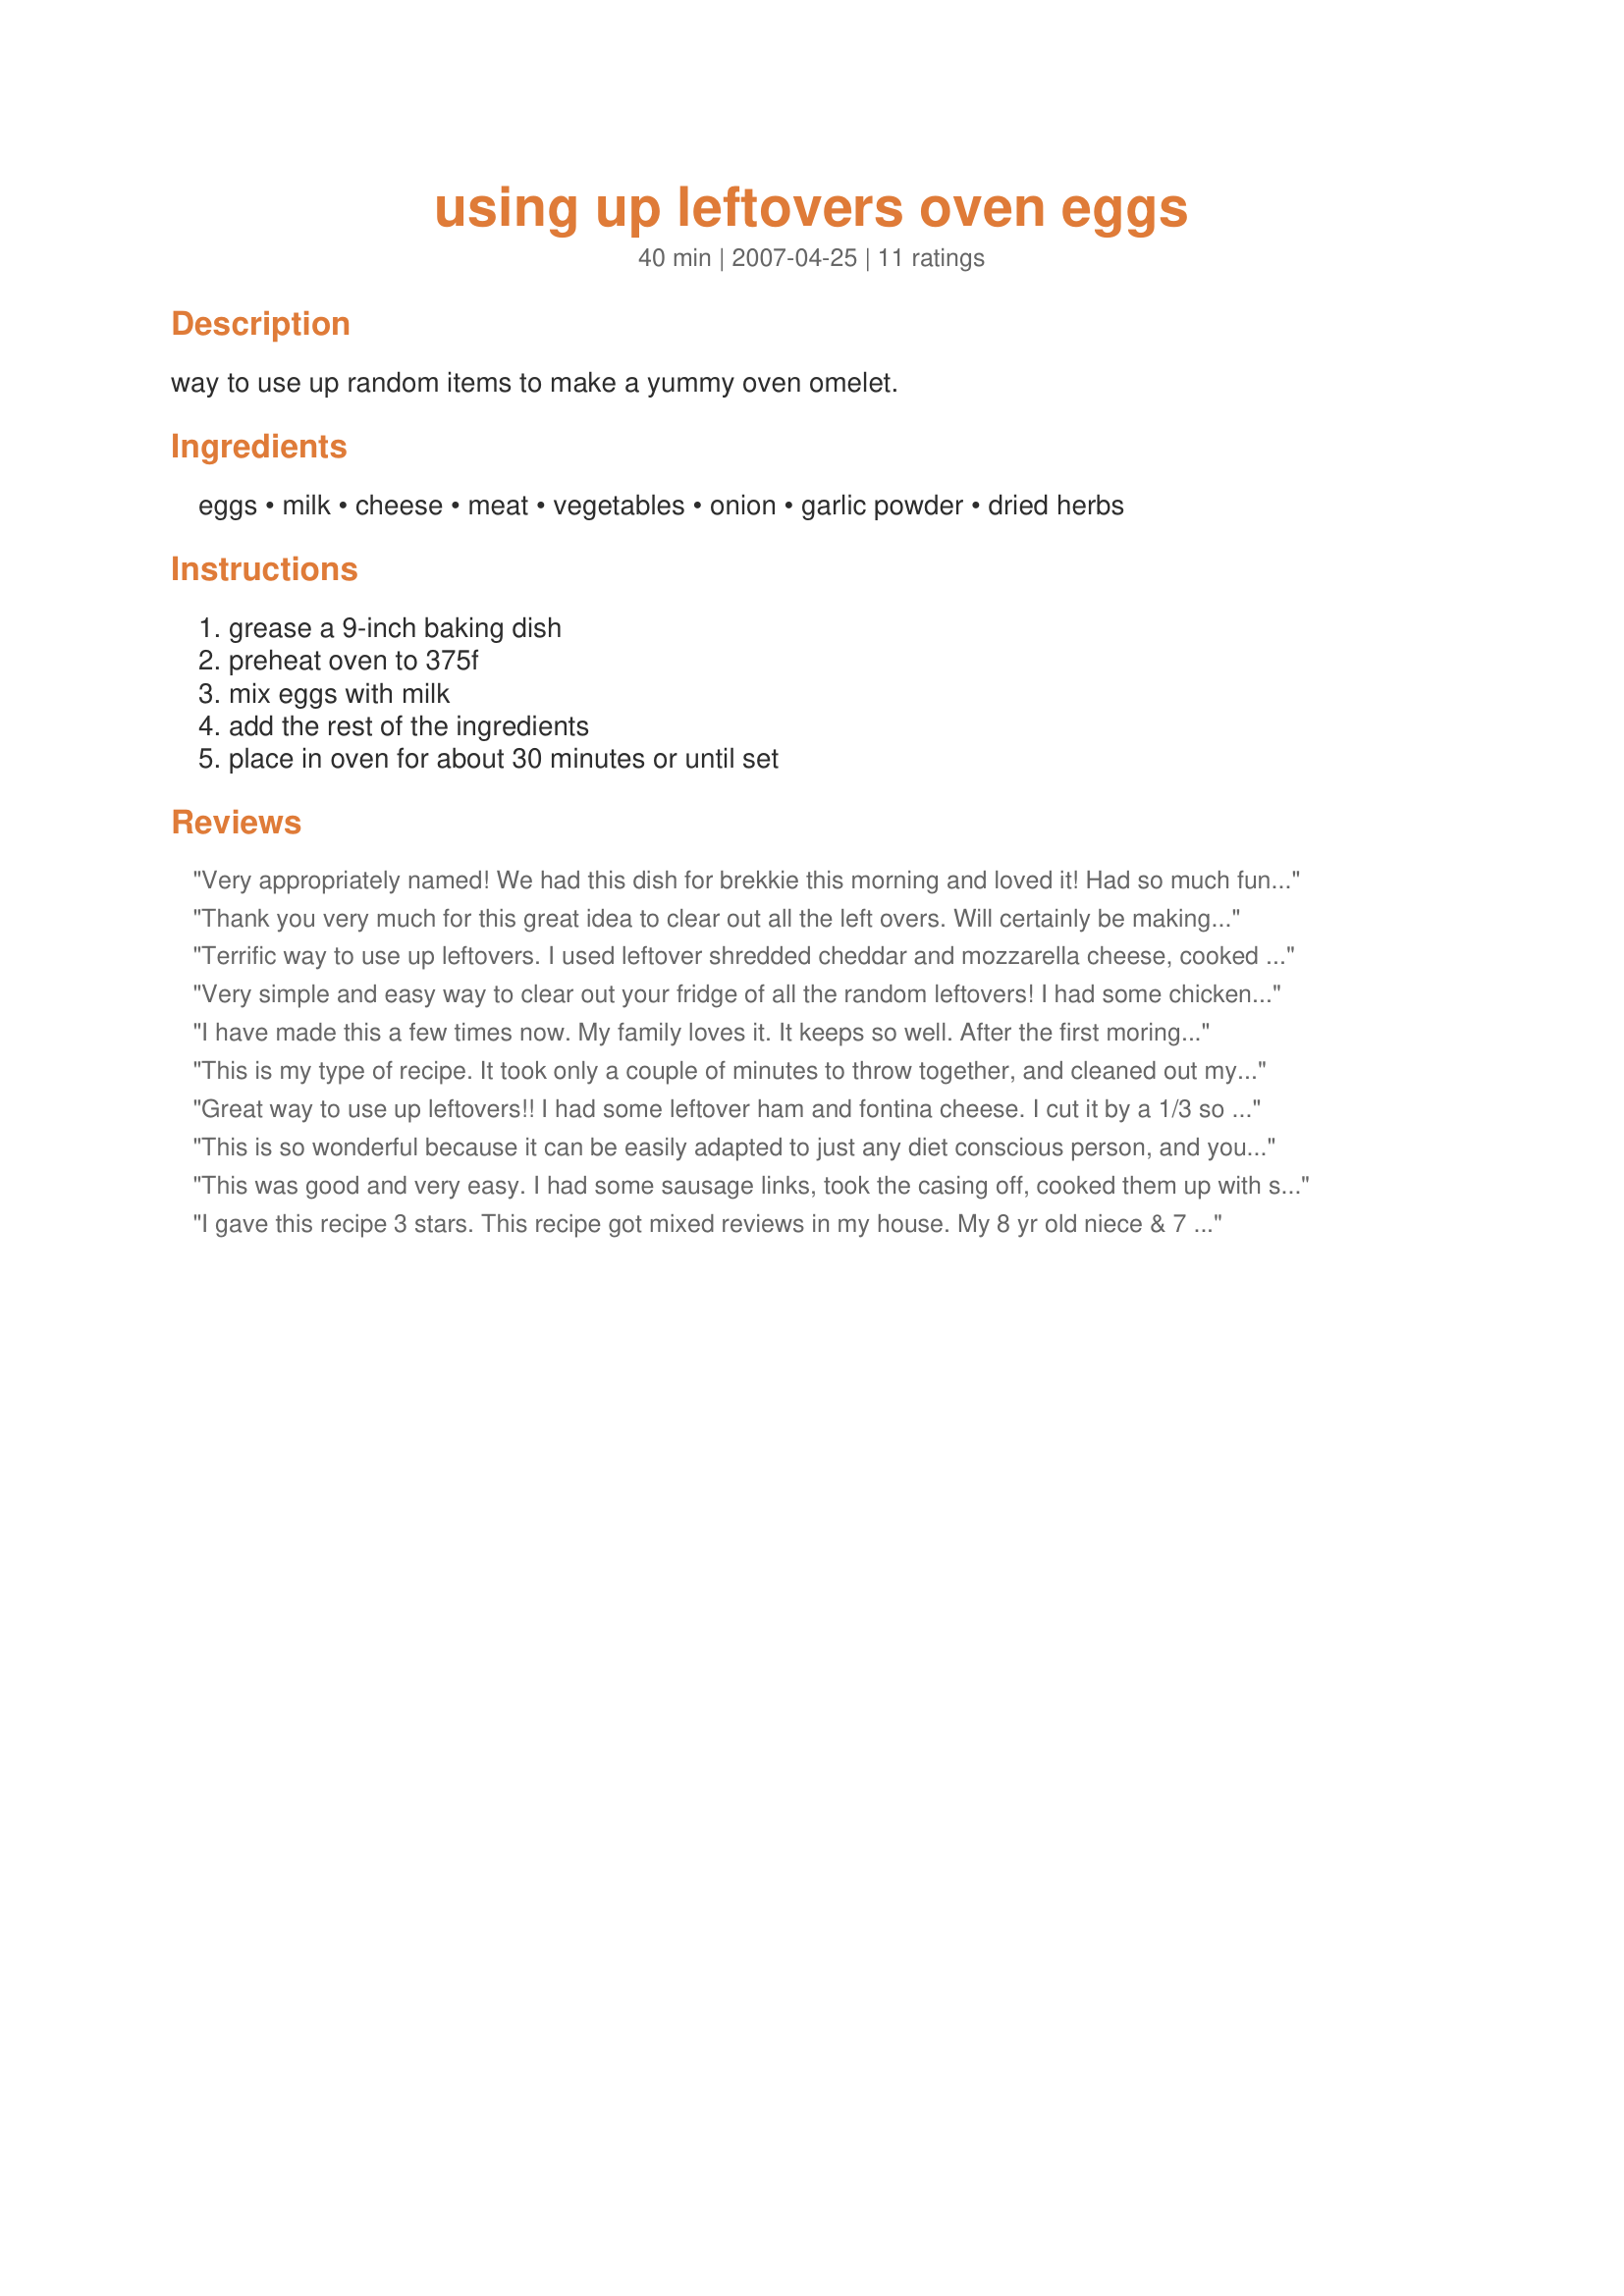
using up leftovers oven eggs
Preparation time: 40 minutes

way to use up random items to make a yummy oven omelet.

Ingredients:
eggs, milk, cheese, meat, vegetables, onion, garlic powder, dried herbs

Steps:
grease a 9-inch baking dish, preheat oven to 375f, mix eggs with milk, add the rest of the ingredients, place in oven for about 30 minutes or until set

Reviews:
Very appropriately named! We had this dish for brekkie this morning and loved it! Had so much fun making it too. Used three eggs and the rest, egg substitute. For the meat, we had turkey sausage. Used cheddar cheese, spinach and onion. While we were eating it, we were discussing what combo we were going to use next time! Thank you so much for a lovely dish that I can have whenever I need to clean out the fridge!
Thank you very much for this great idea to clear out all the left overs. Will certainly be making it again.
Terrific way to use up leftovers. I used leftover shredded cheddar and mozzarella cheese, cooked sausages chopped, peas, carrots broccoli, onion, minced garlic and fresh parsley. Yum. Served with fruit and recipe #91801 #91801.
Very simple and easy way to clear out your fridge of all the random leftovers! I had some chicken fried steak, bell pepper, sauteed onions and baby bellas. Used a fat free cheddar, evaporated milk, fresh parsley and dried oregano. OMG...Soo easy! It was just the hubby and I but this would be perfect for a crowd over for brunch! Thanks for sharing such an easy and adaptable recipe!
I have made this a few times now. My family loves it. It keeps so well. After the first moring serving, I split the rest into individual rubermaid containers and pop it in the fridge. The next two mornings we just reheated in the microwave and it was great. Thank you!
This is my type of recipe. It took only a couple of minutes to throw together, and cleaned out my fridge of lots of odds & ends. I was making this just for myself, so I cut the eggs down to 4 & milk to 2 tbsp. I guessed on the rest of the measurements, using up what I had. My dish included crumbled italian sausage, yellow squash & shittake mushrooms (thrown in raw), green onions, a bit of mozzarella & lots more gruyere cheese, plus basil, oregano, parsley & garlic powder. I love the concept, and think that you could adjust ingredients & amounts easily. It would also work great for low-carbers and vegeatarians if you just increased the veggies and left out the meat.
Great way to use up leftovers!! I had some leftover ham and fontina cheese. I cut it by a 1/3 so used only 6 eggs but kept the same amount of cheese and meat. Didn't have any veggies to throw in but did use the onion. I did garlic powder, italian seasoning, salt, and pepper. Great flavor! Thanks, Anme!
This is so wonderful because it can be easily adapted to just any diet conscious person, and you can add or subtract ingredients as you see fit. I had thrown together a salad from the night before, and had some ingredients left over. Onions, peppers, tomato, and mushrooms. We also had baked ham, so I used this as the meat. After I put all ingredients in the baking dish, I even used the leftover croutons, (crushed and mixed with a bit of melted butter) that I put on top mixing lightly with the cheddar cheese. Baked and it puffed up, and just made a delicious breakfast treat. Thank you so much, Anme. You've done it again!
This was good and very easy. I had some sausage links, took the casing off, cooked them up with some bell peppers and onion. I used sliced american cheese placed immidiately on top coming out of the oven instead of inside the dish. A keeper.
I gave this recipe 3 stars. This recipe got mixed reviews in my house. My 8 yr old niece & 7 yr old newphew didn't like this recipe. My future hubby and I did. I used shredded cheddar, leftover ham, I sauteed some green pepper with the onion, garlic powder and recommended herbs. I loved the fact I didn't have to stand over the stove to watch this fry. Overall this was very good and I'll make it again for sure! Thanks for posting a yummy recipe! Christine (internetnut)
I used 8 eggs, mozzarella, chicken breast, mixed veg, some green onions and Pasta Sprinkle. Put them in my stoneware baker (like the pic) and it was done at 30 minutes. DH and I liked them. Kids were so-so. I think they'd rather have just eggs with nothing in them.
